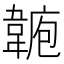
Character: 𩎾